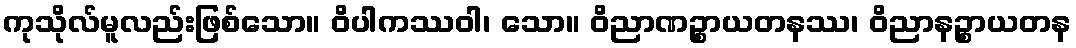
ကုသိုလ်မူလည်းဖြစ်သော။ ဝိပါကဿဝါ၊ သော။ ဝိညာဏဉ္စာယတနဿ၊ ဝိညာနဉ္စာယတန